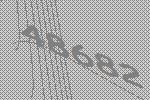
48682